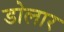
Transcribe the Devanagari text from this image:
डोलार